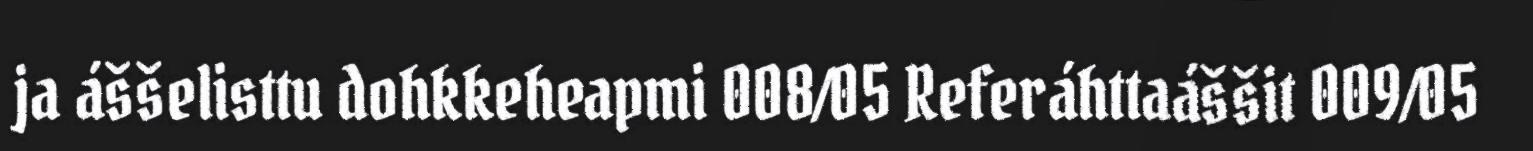
ja áššelisttu dohkkeheapmi 008/05 Referáhttaáššit 009/05